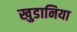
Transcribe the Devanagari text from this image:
खुडानिया